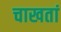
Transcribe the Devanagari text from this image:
चाखतां